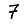
Digit: 7